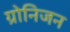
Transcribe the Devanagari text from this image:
ग्रोनिजन